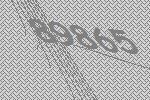
89865